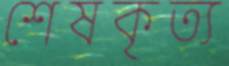
শেষকৃত্য